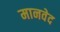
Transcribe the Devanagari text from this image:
मानवेद